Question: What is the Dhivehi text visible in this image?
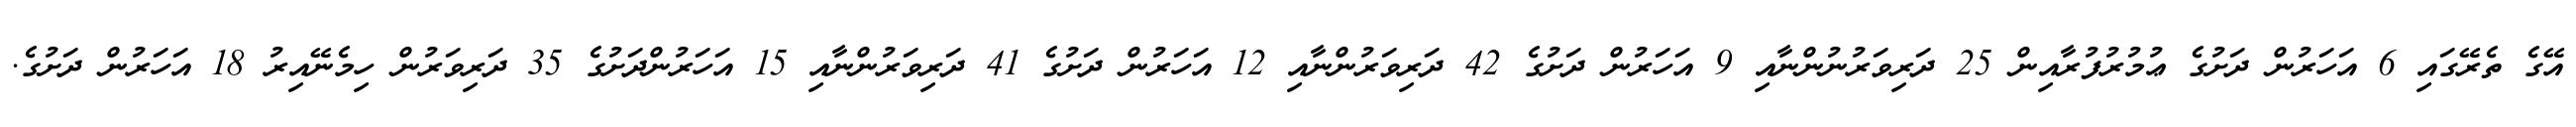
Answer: އޭގެ ތެރޭގައި 6 އަހަރުން ދަށުގެ ޢުމުރުފުރާއިން 25 ދަރިވަރުނުންނާއި 9 އަހަރުން ދަށުގެ 42 ދަރިވަރުންނާއި 12 އަހަރުން ދަށުގެ 41 ދަރިވަރުންނާއި 15 އަހަރުންދަށުގެ 35 ދަރިވަރުން ހިމެނޭއިރު 18 އަހަރުން ދަށުގެ.